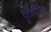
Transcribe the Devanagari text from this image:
दुर्दैवपीड़ित